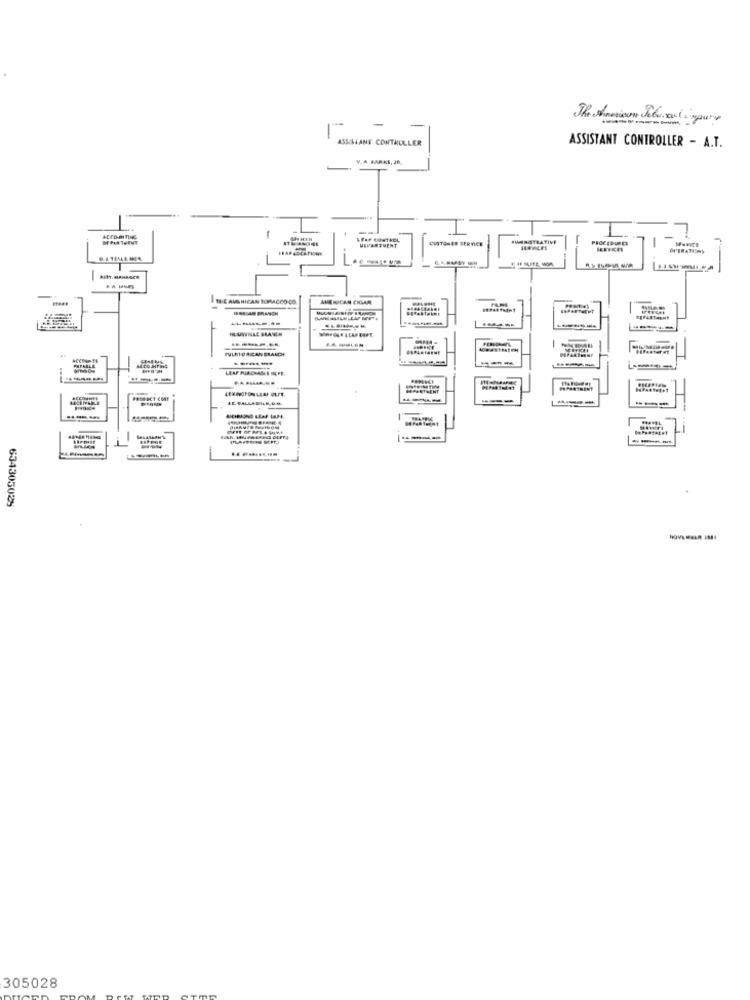
ASSISI ANE CONTROLLER
ASSISTANT CONTROLLER - A.T.
V.A PARKS, Jf.
CUSTOMER SERVICE
-
THE AMERICAN BRACCO.CO.
AMERICAN CIGAR
PULETOR.CANERANDH
-
LEAF PURCHASES HEFE.
HALETRENT
---
----
634305029
305028